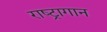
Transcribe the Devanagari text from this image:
राष्ट्रागान